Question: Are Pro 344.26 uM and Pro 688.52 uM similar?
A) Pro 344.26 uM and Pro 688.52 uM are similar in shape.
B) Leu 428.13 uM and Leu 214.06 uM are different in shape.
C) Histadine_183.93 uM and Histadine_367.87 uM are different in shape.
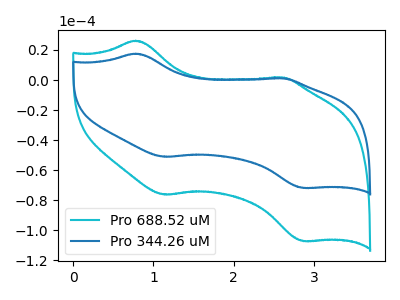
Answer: <think>The cyan curve "Pro 688.52 uM" has anodic peaks at (0.80V, 26.20uA) (2.60V, 1.65uA) and cathodic peaks at (1.15V, -76.35uA) (2.85V, -107.30uA). The blue curve "Pro 344.26 uM" has anodic peaks at (0.80V, 17.55uA) (2.60V, 1.10uA) and cathodic peaks at (1.15V, -51.15uA) (2.85V, -71.90uA).
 All the peaks in "Pro 344.26 uM" have a peak in "Pro 688.52 uM" at the same potential. Every peak in "Pro 344.26 uM" is lower than every peak in "Pro 688.52 uM".</think>
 <answer>A) "Pro 344.26 uM" and "Pro 688.52 uM" are similar in shape.</answer>
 <eval>A</eval>